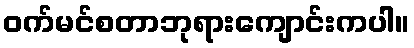
ဝက်မင်စတာဘုရားကျောင်းကပါ။